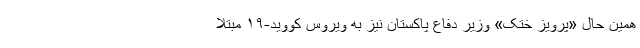
همین حال «پرویز ختک» وزیر دفاع پاکستان نیز به ویروس کووید-۱۹ مبتلا